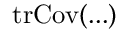
\mathrm { t r } \mathrm { C o v } ( . . . )